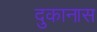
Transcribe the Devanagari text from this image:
दुकानास